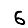
Digit: 6